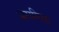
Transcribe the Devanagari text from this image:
अरानिया